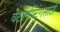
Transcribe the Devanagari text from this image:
वेटलिफ्टिंगसाठी